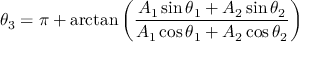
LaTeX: \theta _ { 3 } = \pi + \arctan \left( { \frac { A _ { 1 } \sin \theta _ { 1 } + A _ { 2 } \sin \theta _ { 2 } } { A _ { 1 } \cos \theta _ { 1 } + A _ { 2 } \cos \theta _ { 2 } } } \right)